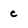
Character: c